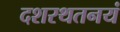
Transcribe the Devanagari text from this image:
दशरथतनयं